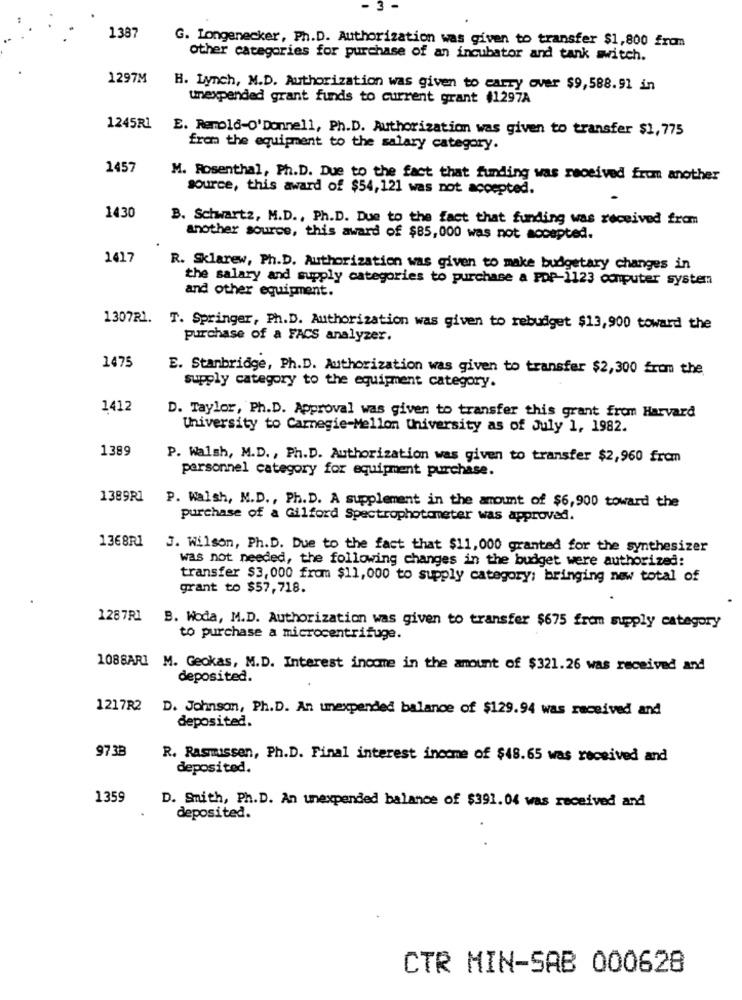
3-
1387
G. Longenecker, Ph.D. Authorization was given to transfer $1,800 from
Other categories for purchase of an incubator and tank switch.
1297M
H. Lynch, M.D. Authorization was given to carry over $9,588.91 in
unexpended grant funds to current grant #1297A
1245R1 E. Remold-O'Donnell, Ph.D. Authorization was given to transfer $1,775
from the equipment to the salary category.
1457
M. Rosenthal, Ph.D. Due to the fact that funding was received from another
source, this award of $54,121 was not accepted.
1430
B. Schwartz, M.D ., Ph.D. Due to the fact that funding was received from
another source, this award of $85, 000 was not accepted.
1417
R. Sklarew, Ph.D. Authorization was given to make budgetary changes in
the salary and supply categories to purchase a FDP-1123 computer system
and other equipment.
1307R1. T. Springer, Ph.D. Authorization was given to rebudget $13,900 toward the
purchase of a FACS analyzer.
1475
E. Stanbridge, Ph.D. Authorization was given to transfer $2,300 from the
supply category to the equipment category.
1412
D. Taylor, Ph.D. Approval was given to transfer this grant from Harvard
University to Carnegie-Mellon University as of July 1, 1982.
1389
P. Walsh, M.D ., Ph.D. Authorization was given to transfer $2,960 from
personnel category for equipment purchase.
1389R1
P. Walsh, M.D ., Ph. D. A supplement in the amount of $6,900 toward the
purchase of a Gilford Spectrophotometer was approved.
1368R1
J. Wilson, Ph. D. Due to the fact that $11,000 granted for the synthesizer
was not needed, the following changes in the budget were authorized:
transfer $3, 000 from $11, 000 to supply category: bringing new total of
grant to $57,718.
1287R1
B. Woda, M.D. Authorization was given to transfer $675 from supply category
to purchase a microcentrifuge.
1088ARI M. Geokas, M.D. Interest income in the amount of $321.26 was received and
deposited.
1217R2 D. Johnson, Ph.D. An umexpended balance of $129.94 was received and
deposited.
973B
R. Rasmussen, Ph.D. Final interest income of $48.65 was received and
deposited.
1359
D. Smith, Ph.D. An unexpended balance of $391.04 was received and
deposited.
CTR MIN-SAB 000628